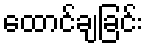
ထောင်ချခြင်း